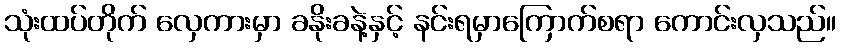
သုံးထပ်တိုက် လှေကားမှာ ခနိုးခနဲ့နှင့် နင်းရမှာကြောက်စရာ ကောင်းလှသည်။